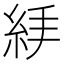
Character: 𥿙